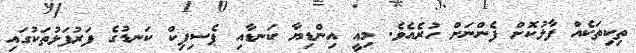
ތިކިތަކެއް ފާޅުކޮށް ފެންނަށް ހުރެއެވެ. މިއީ އިންޑިޔާ ކަނޑާއި ޕެސިފިކް ކަނޑުގެ ފަރުފަޅުތަކުގައި